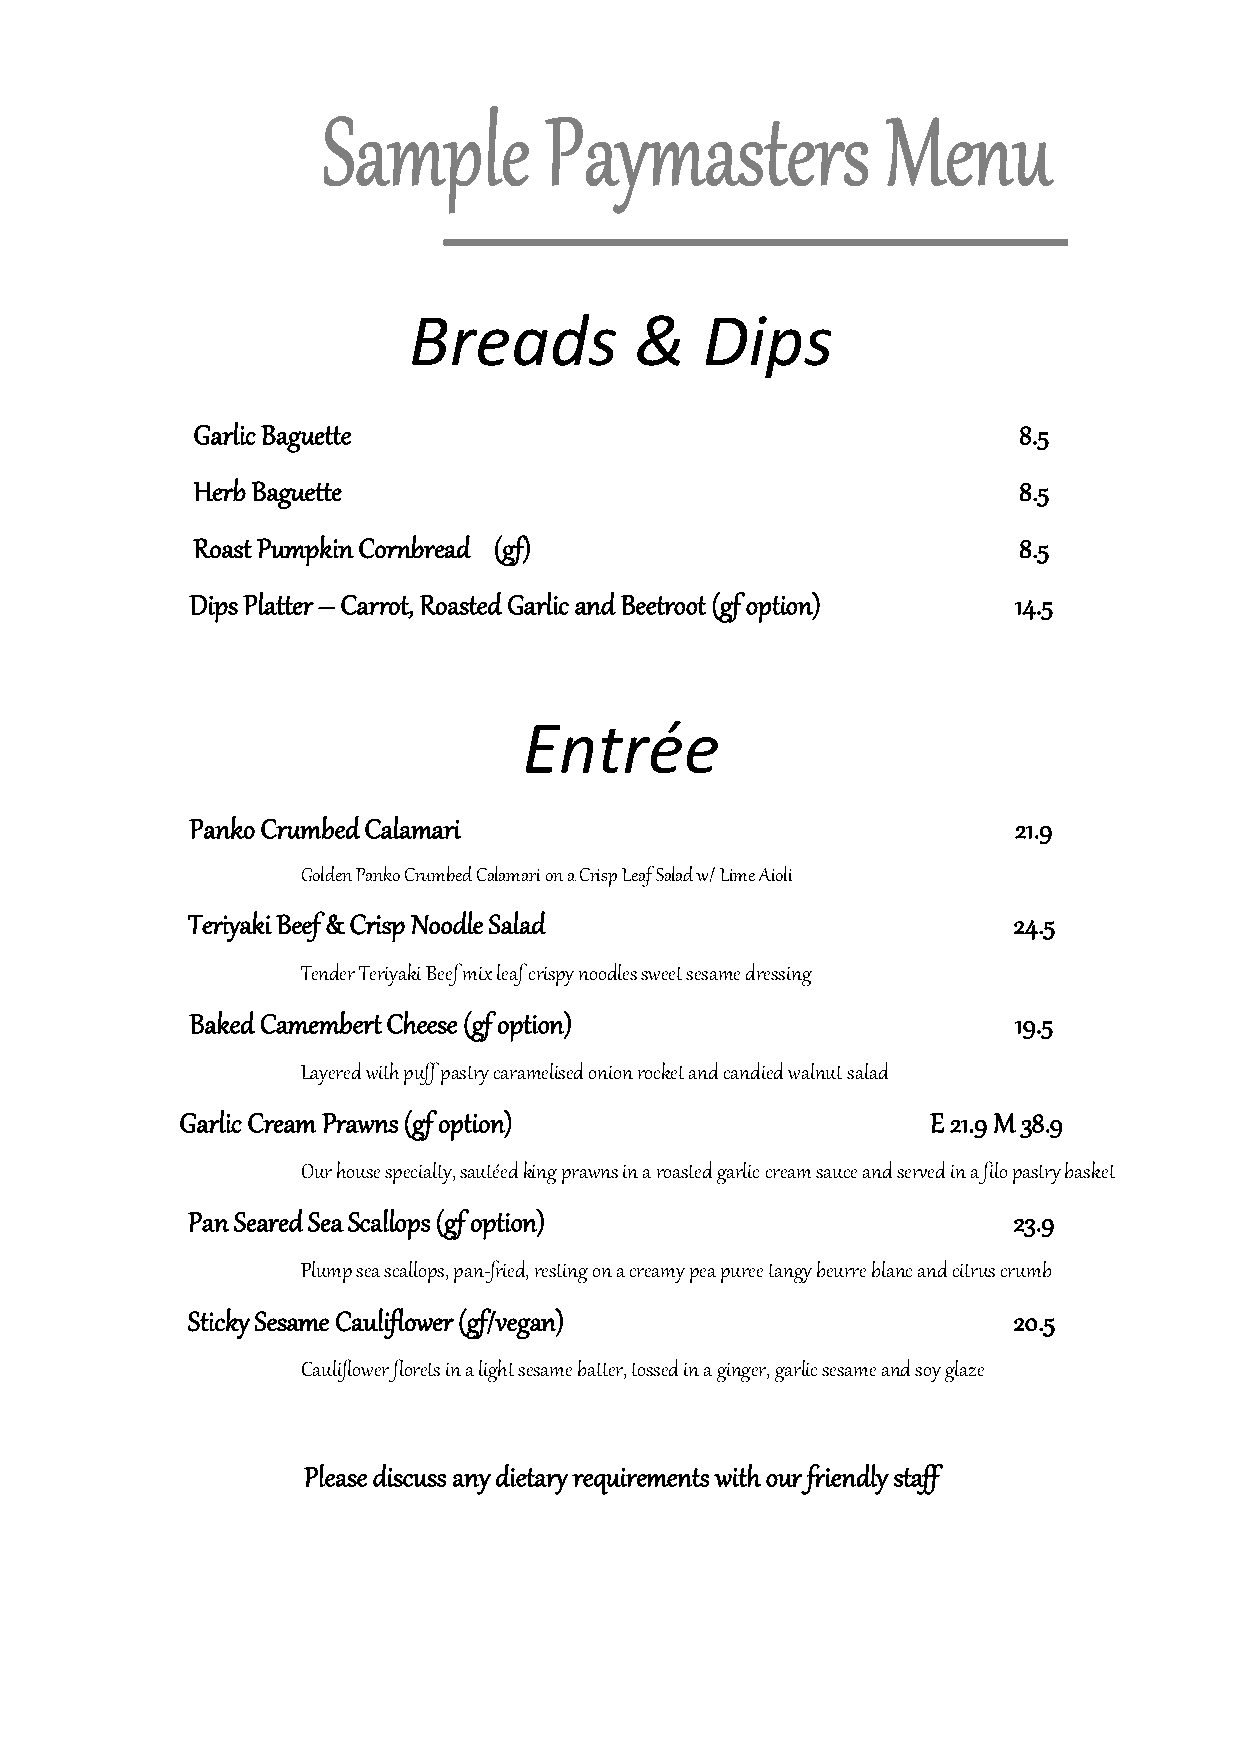
Breads         &   Dips
 Garlic Baguette                                       8.5
 Herb Baguette                                         8.5
 Roast Pumpkin Cornbread (gf)                          8.5
 Dips Platter – Carrot, Roasted Garlic and Beetroot (gf option) 14.5
 Entrée
 Panko Crumbed Calamari                                21.9
 Golden Panko Crumbed Calamari on a Crisp Leaf Salad w/ Lime Aioli
 Teriyaki Beef & Crisp Noodle Salad                     24.5
 Tender Teriyaki Beef mix leaf crispy noodles sweet sesame dressing
 Baked Camembert Cheese (gf option)                    19.5
 Layered with puff pastry caramelised onion rocket and candied walnut salad
 Garlic Cream Prawns (gf option)                   E 21.9 M 38.9
 Our house specialty, sautéed king prawns in a roasted garlic cream sauce and served in a filo pastry basket
 Pan Seared Sea Scallops (gf option)                    23.9
 Plump sea scallops, pan-fried, resting on a creamy pea puree tangy beurre blanc and citrus crumb
 Sticky Sesame Cauliflower (gf/vegan)                   20.5
 Cauliflower florets in a light sesame batter, tossed in a ginger, garlic sesame and soy glaze
 Please discuss any dietary requirements with our friendly staff